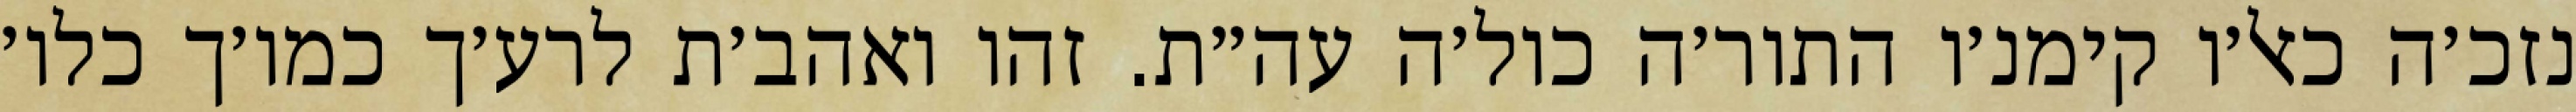
נזכ׳ה כאל׳ו קימנ׳ו התור׳ה כול׳ה עה״ת. זהו ואהב׳ת לרע׳ך כמו׳ך כלו׳